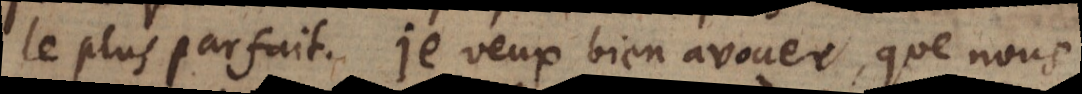
le plus parfait. Je veux bien avouer, que nous